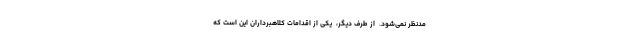
مدنظر نمی‌شود.  از طرف دیگر،  یکی از اقدامات کلاهبرداران این است که